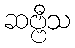
ဆဗ္ဗီသ